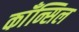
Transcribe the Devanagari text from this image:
काँन्सिल